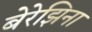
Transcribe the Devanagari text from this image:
बेरेझिना